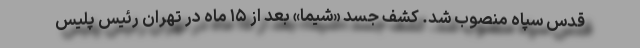
قدس سپاه منصوب شد. کشف جسد «شیما» بعد از ۱۵ ماه در تهران رئیس پلیس